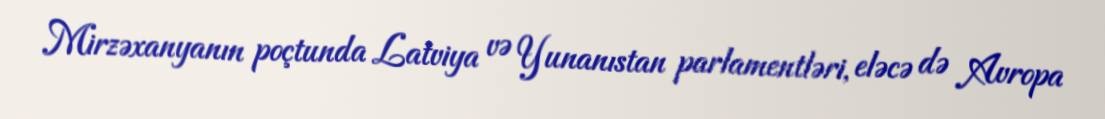
Mirzəxanyanın poçtunda Latviya və Yunanıstan parlamentləri, eləcə də Avropa